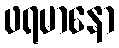
ဖရမာနော